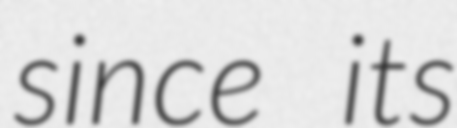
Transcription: since its